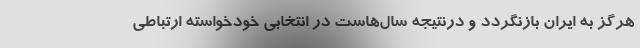
هرگز به ایران بازنگردد و درنتیجه سال‌هاست در انتخابی خودخواسته ارتباطی